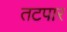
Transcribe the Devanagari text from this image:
तटपार